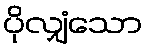
ပိုလျှံသော